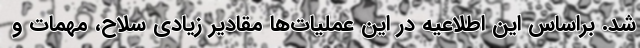
شد. براساس این اطلاعیه در این عملیات‌ها مقادیر زیادی سلاح، مهمات و